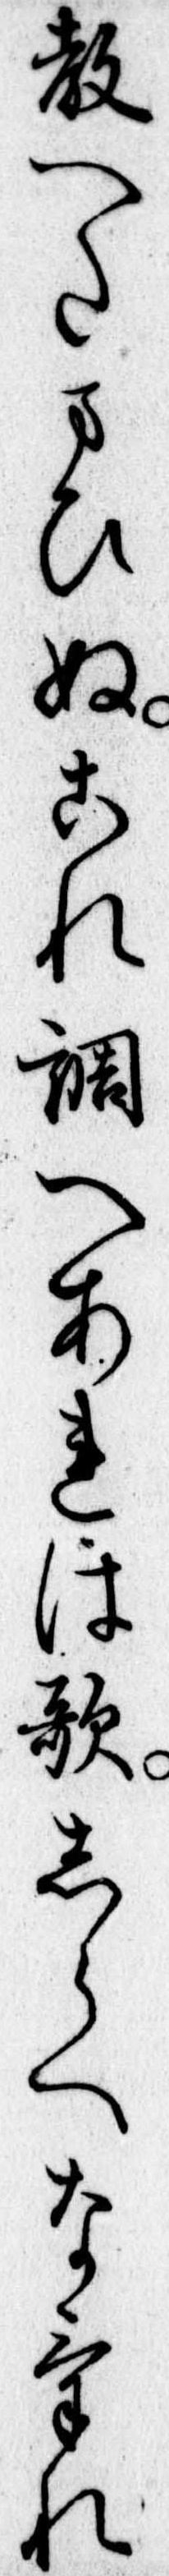
教へたまひぬこれ調へあれは歌しらへなけれ